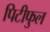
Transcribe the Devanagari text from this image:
पिटीफुल